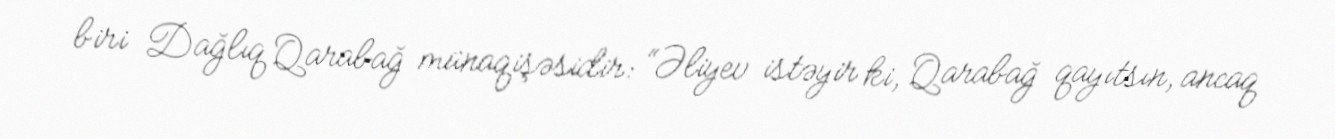
biri Dağlıq Qarabağ münaqişəsidir: “Əliyev istəyir ki, Qarabağ qayıtsın, ancaq